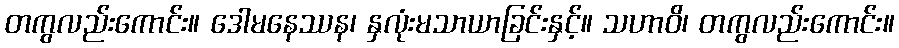
တကွလည်းကောင်း။ ဒေါမနေဿန၊ နှလုံးမသာယာခြင်းနှင့်။ သဟာဝိ၊ တကွလည်းကောင်း။